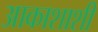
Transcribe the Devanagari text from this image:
आकाशाशी